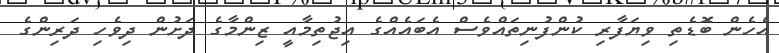
އެހެން ބޮޑެތި ވިޔަފާރި ކުންފުނިތައްވެސް އެބައެއްގެ އިޖުތިމާއީ ޒިންމާގެ ދަށުން ދިވެހި ދަރިންގެ